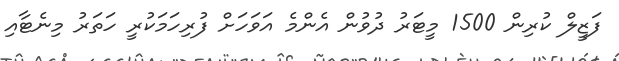
ފަޒީލް ކުރިން 1500 މީޓަރު ދުވުން އެންމެ އަވަހަށް ފުރިހަމަކުރީ ހަތަރު މިނެޓާއި